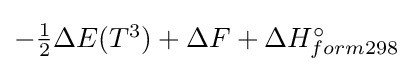
-\textstyle {\frac {1}{2}}\Delta E(T^{3})+\Delta F+\Delta H_{form298}^{\circ }